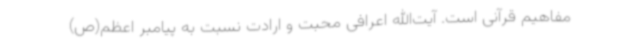
مفاهیم قرآنی است. آیت‌الله اعرافی محبت و ارادت نسبت به پیامبر اعظم(ص)